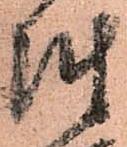
陣